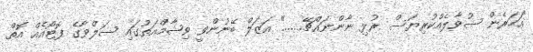
"އަހަރެން ސުވާލެއްކުރިޔަސް ރުޅި ނާންނައްޗޭ......." އަޒަލް ބޭނުންވީ ވިޝާމްއަތުގައި ސަލްވާގެ ފޮޓޯއެއް އޮތް